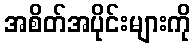
အစိတ်အပိုင်းများကို